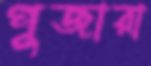
পুজারা